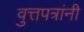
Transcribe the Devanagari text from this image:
वुत्तपत्रांनी